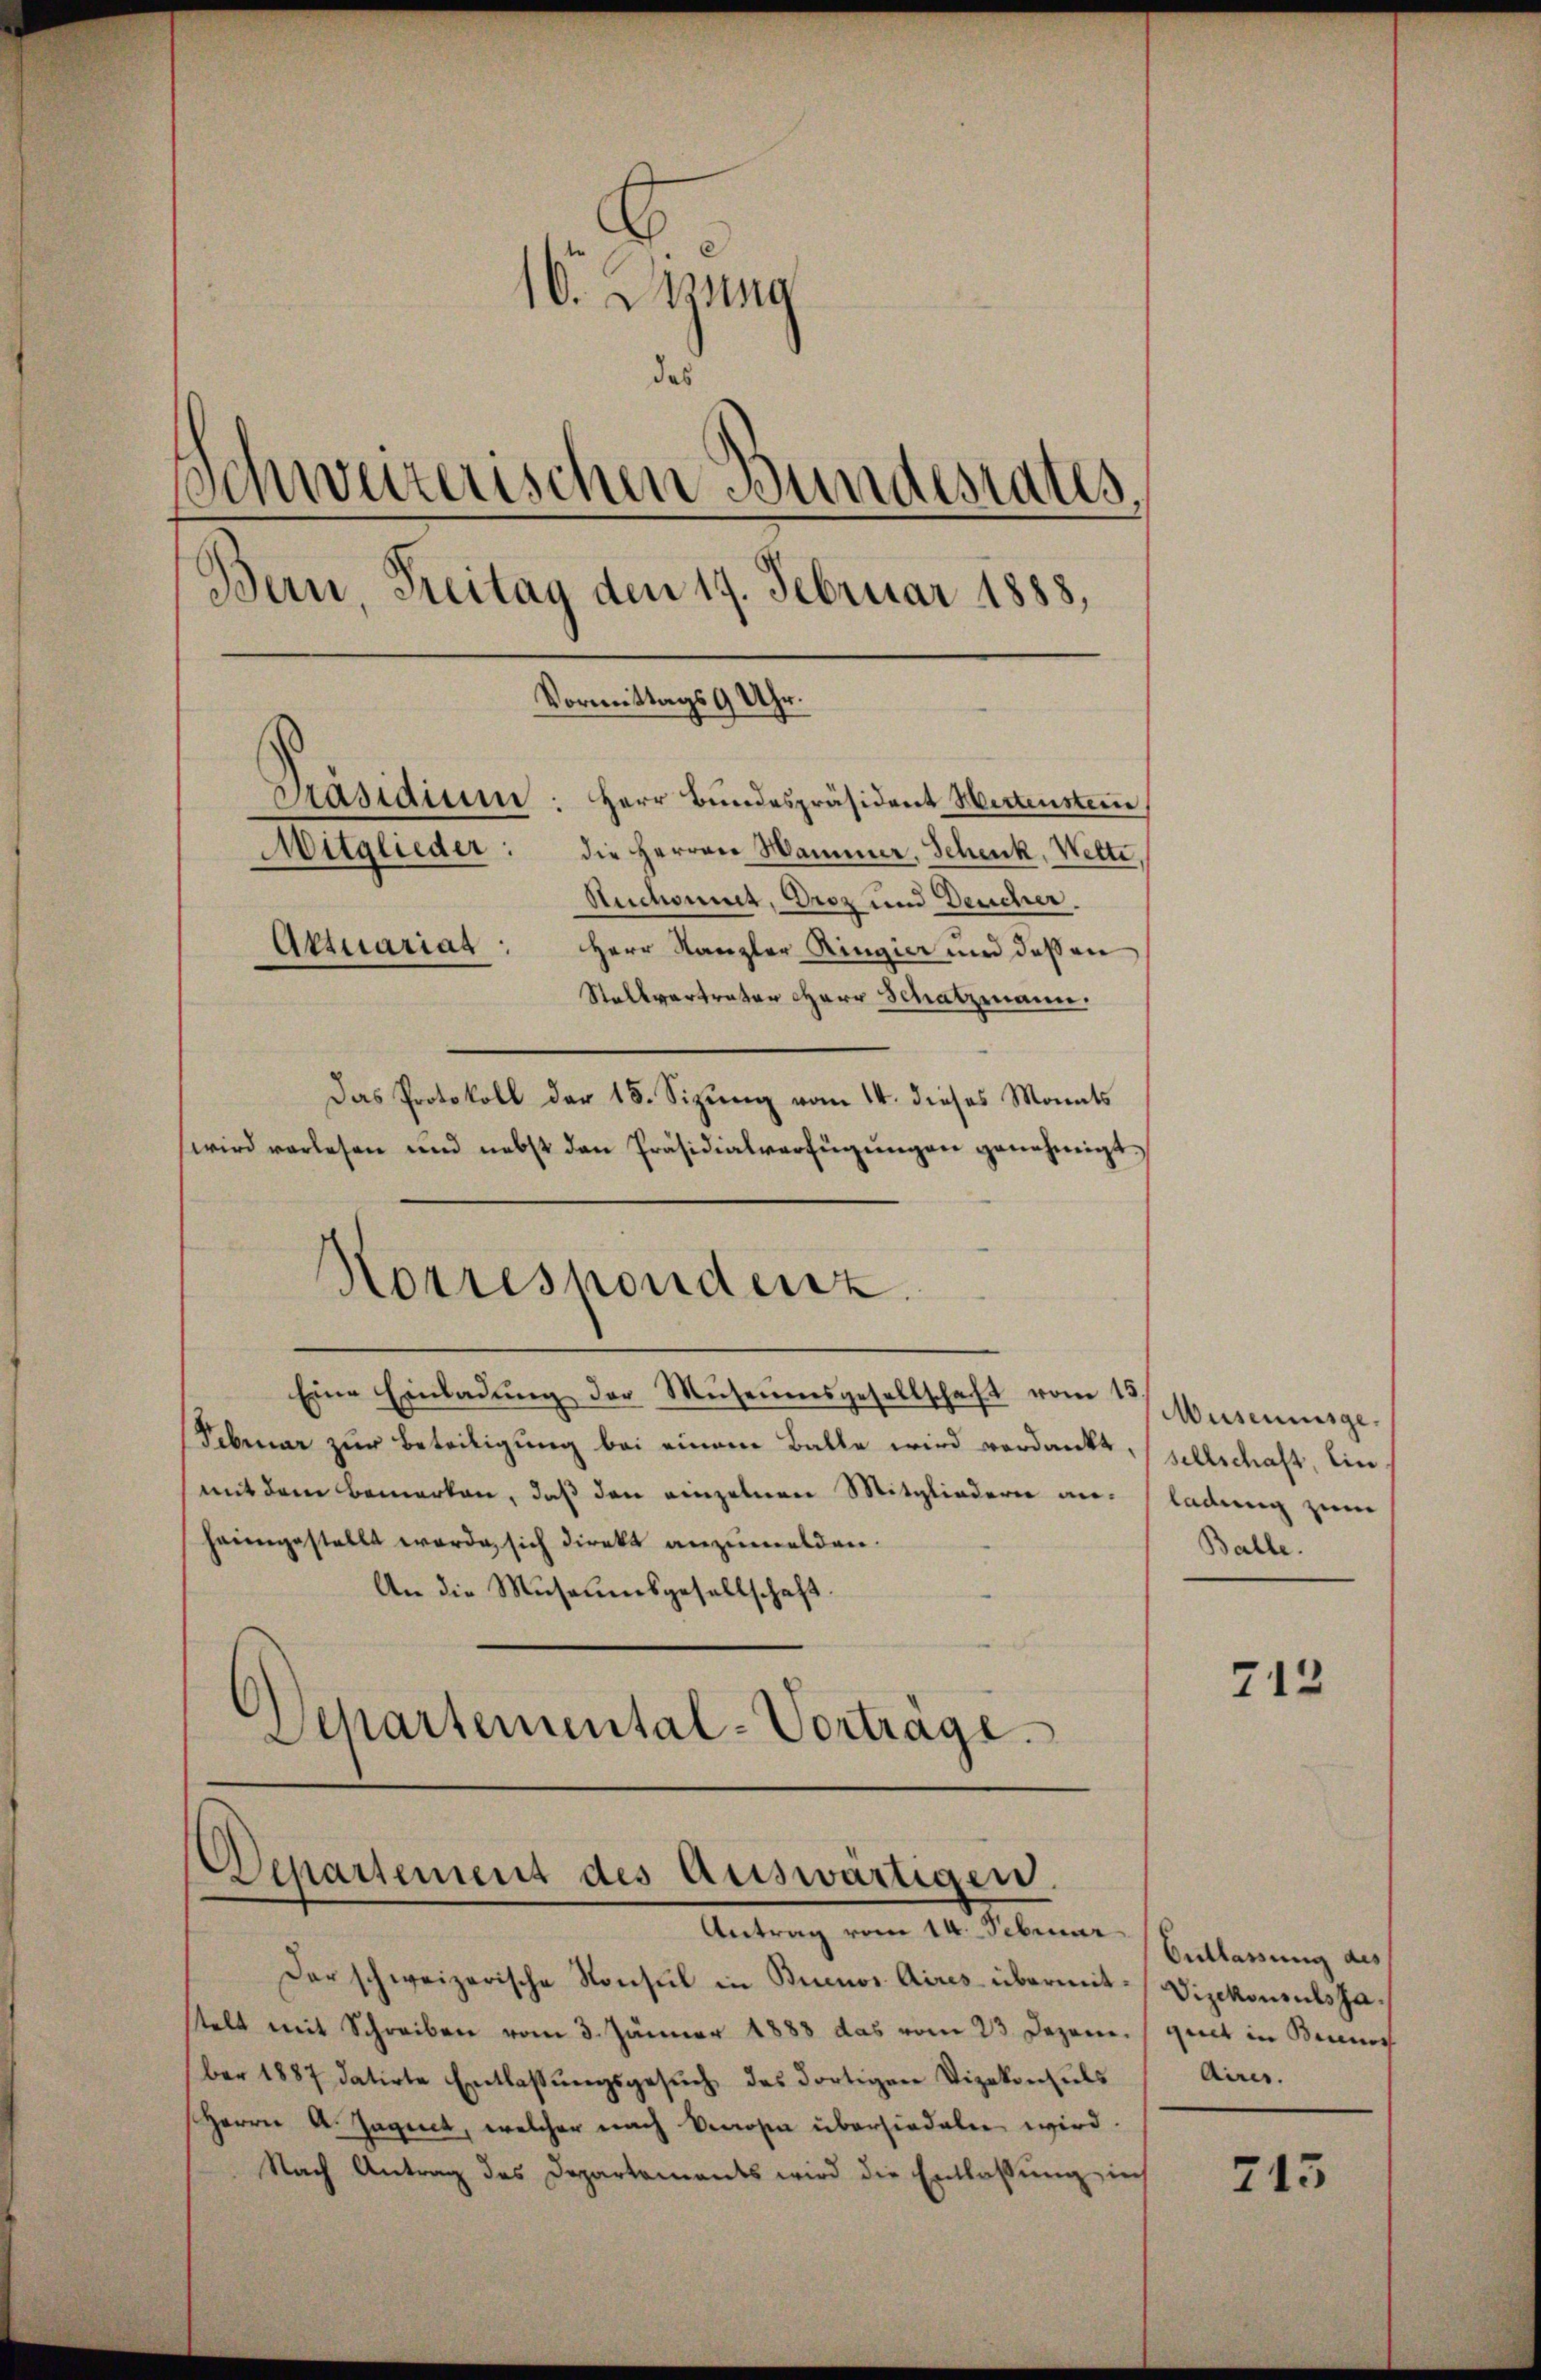
10. Dessung
das
Schweizerischen Bundesrates.
Bern, Freitag den 17. Februar 1888,
Vormittags 9 Uhr.
Präsidium: Herr Bŭndespräsident Hertenstein
Mitglieder: die Herren Hammer, Schenk, Wette.
Suchonnet, Droz und Deucher.
Aktuarias:
Herr Kanzler Ringier und daß an
Stallvertrater Herr Schatzmann.
Das Protokoll der 18. Sizung vom 14. dieses Monats
wird verlesen und nebst den Präsidialverfügŭngen genehmigt.

Eine Einladŭng der Museumsgesellschaft vom 15
Februar zur Beteiligung bei einem Balle wird verdankt,
mit dem Bemerken, daß den einzelnen Mitgliedern anheimgestellt werde, sich direkt anzumelden.
An die Museumsgesellschaft
Departemental-Vorträge.

Korrespondenz.

Departement des Auswärtigen.
Antrag vom 24. Februar. Bettannung an

Der schweizerische Konsul in Buenos Aires übermitstelt mit Schreiben vom 3. Jänner 1883 das vom 23. Dezember 1887 datirte Entlassŭngsgesŭch das dortigen Vizekonsuls
Herrn A. Jagnet, welcher nach Verosen übersiedeln wird.
Nach Antrag des Departements wird die Entlassŭng in

Museumsge.
sellschaft, Ein
ladung zum
Balle.

712

Vizekonsuls Jaguet in Bennoch
Aires.

713